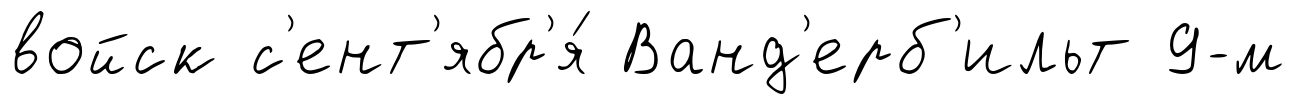
войск с'ент'ябр'я́ Ванд'ерб'ильт 9-м